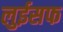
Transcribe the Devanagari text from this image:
लुईसफ